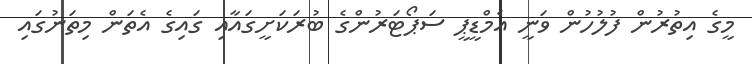
މީގެ އިތުރުން ފުލުހުން ވަނީ އެމްޑީޕީ ސަޕޯޓަރުންގެ ބުރަކަށީގައާއި ގައިގެ އެތަން މިތަނުގައި